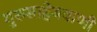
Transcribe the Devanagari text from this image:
गुरुसाहेबवाणी